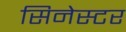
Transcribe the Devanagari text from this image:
सिनेस्टर